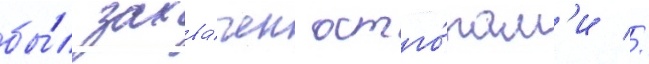
бы́л захва́чен остго́там'и //